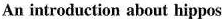
An introduction about hippos